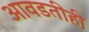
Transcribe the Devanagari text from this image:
आवडतीही